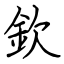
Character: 欽